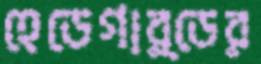
হেডেগার্ডের